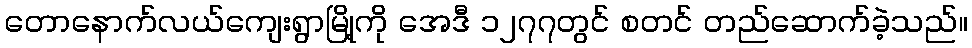
တောနောက်လယ်ကျေးရွာမြို့ကို အေဒီ ၁၂၇၇တွင် စတင် တည်ဆောက်ခဲ့သည်။